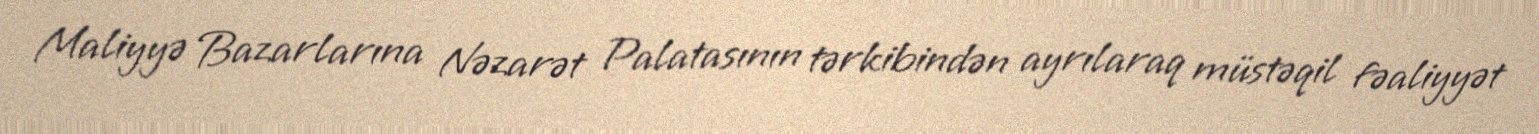
Maliyyə Bazarlarına Nəzarət Palatasının tərkibindən ayrılaraq müstəqil fəaliyyət